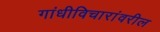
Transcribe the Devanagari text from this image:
गांधीविचारांवरील